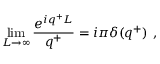
\operatorname * { l i m } _ { L \rightarrow \infty } \frac { e ^ { i q ^ { + } L } } { q ^ { + } } = i \pi \delta ( q ^ { + } ) \ ,